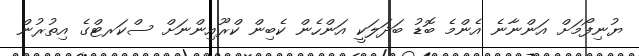
ޔުނިފޯމަށް އަންނާނެ އެންމެ ބޮޑު ބަދަލަކީ އަންހެން ކެބިން ކްރޫއިންނަށް ސްކަރޓްގެ އިތުރުން